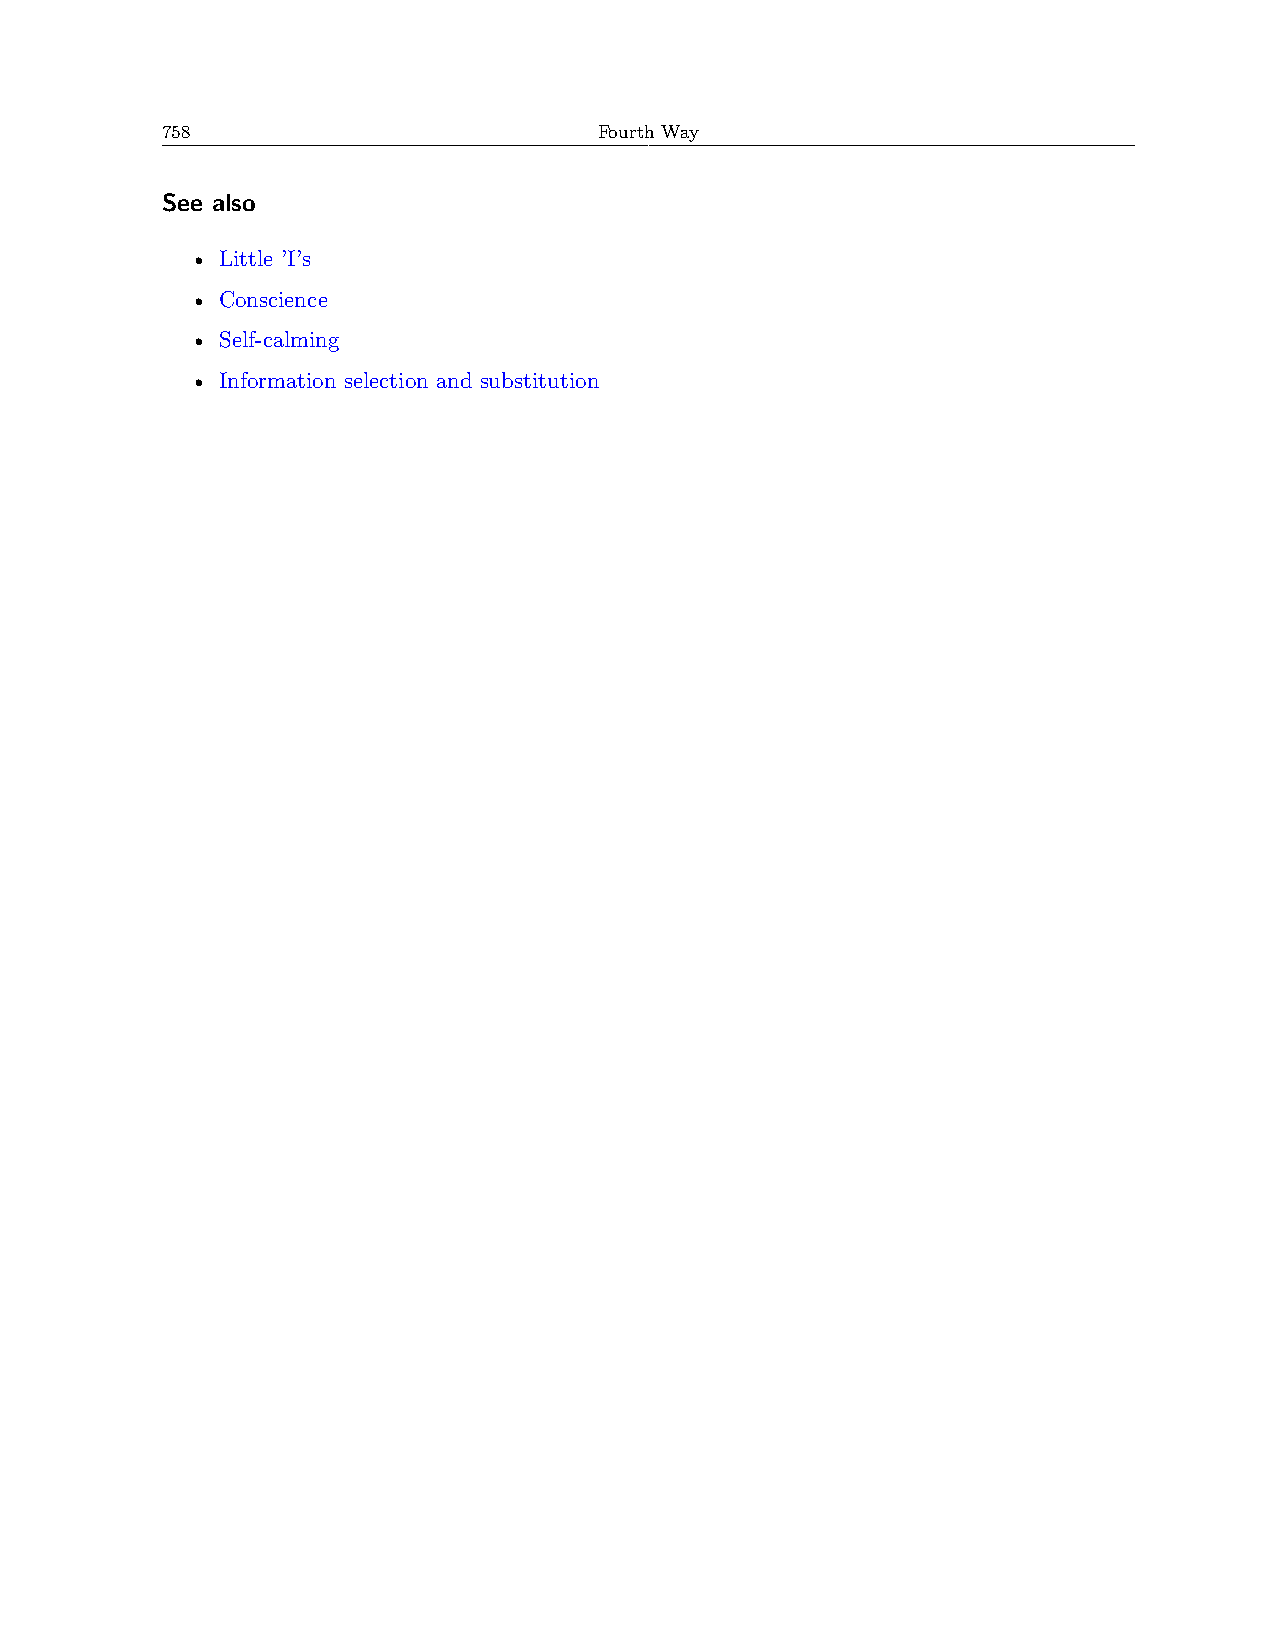
758                          Fourth Way
 See also
 • Little ’I’s
 • Conscience
 • Self-calming
 • Information selection and substitution